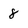
Character: 8